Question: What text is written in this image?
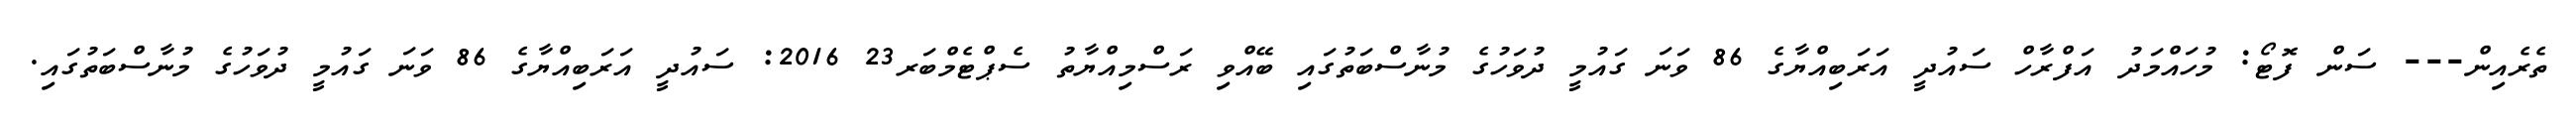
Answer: ތެރެއިން--- ސަން ފޮޓޯ: މުހައްމަދު އަފްރާހް ސައުދީ އަރަބިއްޔާގެ 86 ވަނަ ގައުމީ ދުވަހުގެ މުނާސްބަތުގައި ބޭއްވި ރަސްމިއްޔާތު ސެޕްޓެމްބަރ23 2016: ސައުދީ އަރަބިއްޔާގެ 86 ވަނަ ގައުމީ ދުވަހުގެ މުނާސްބަތުގައި.